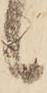
候